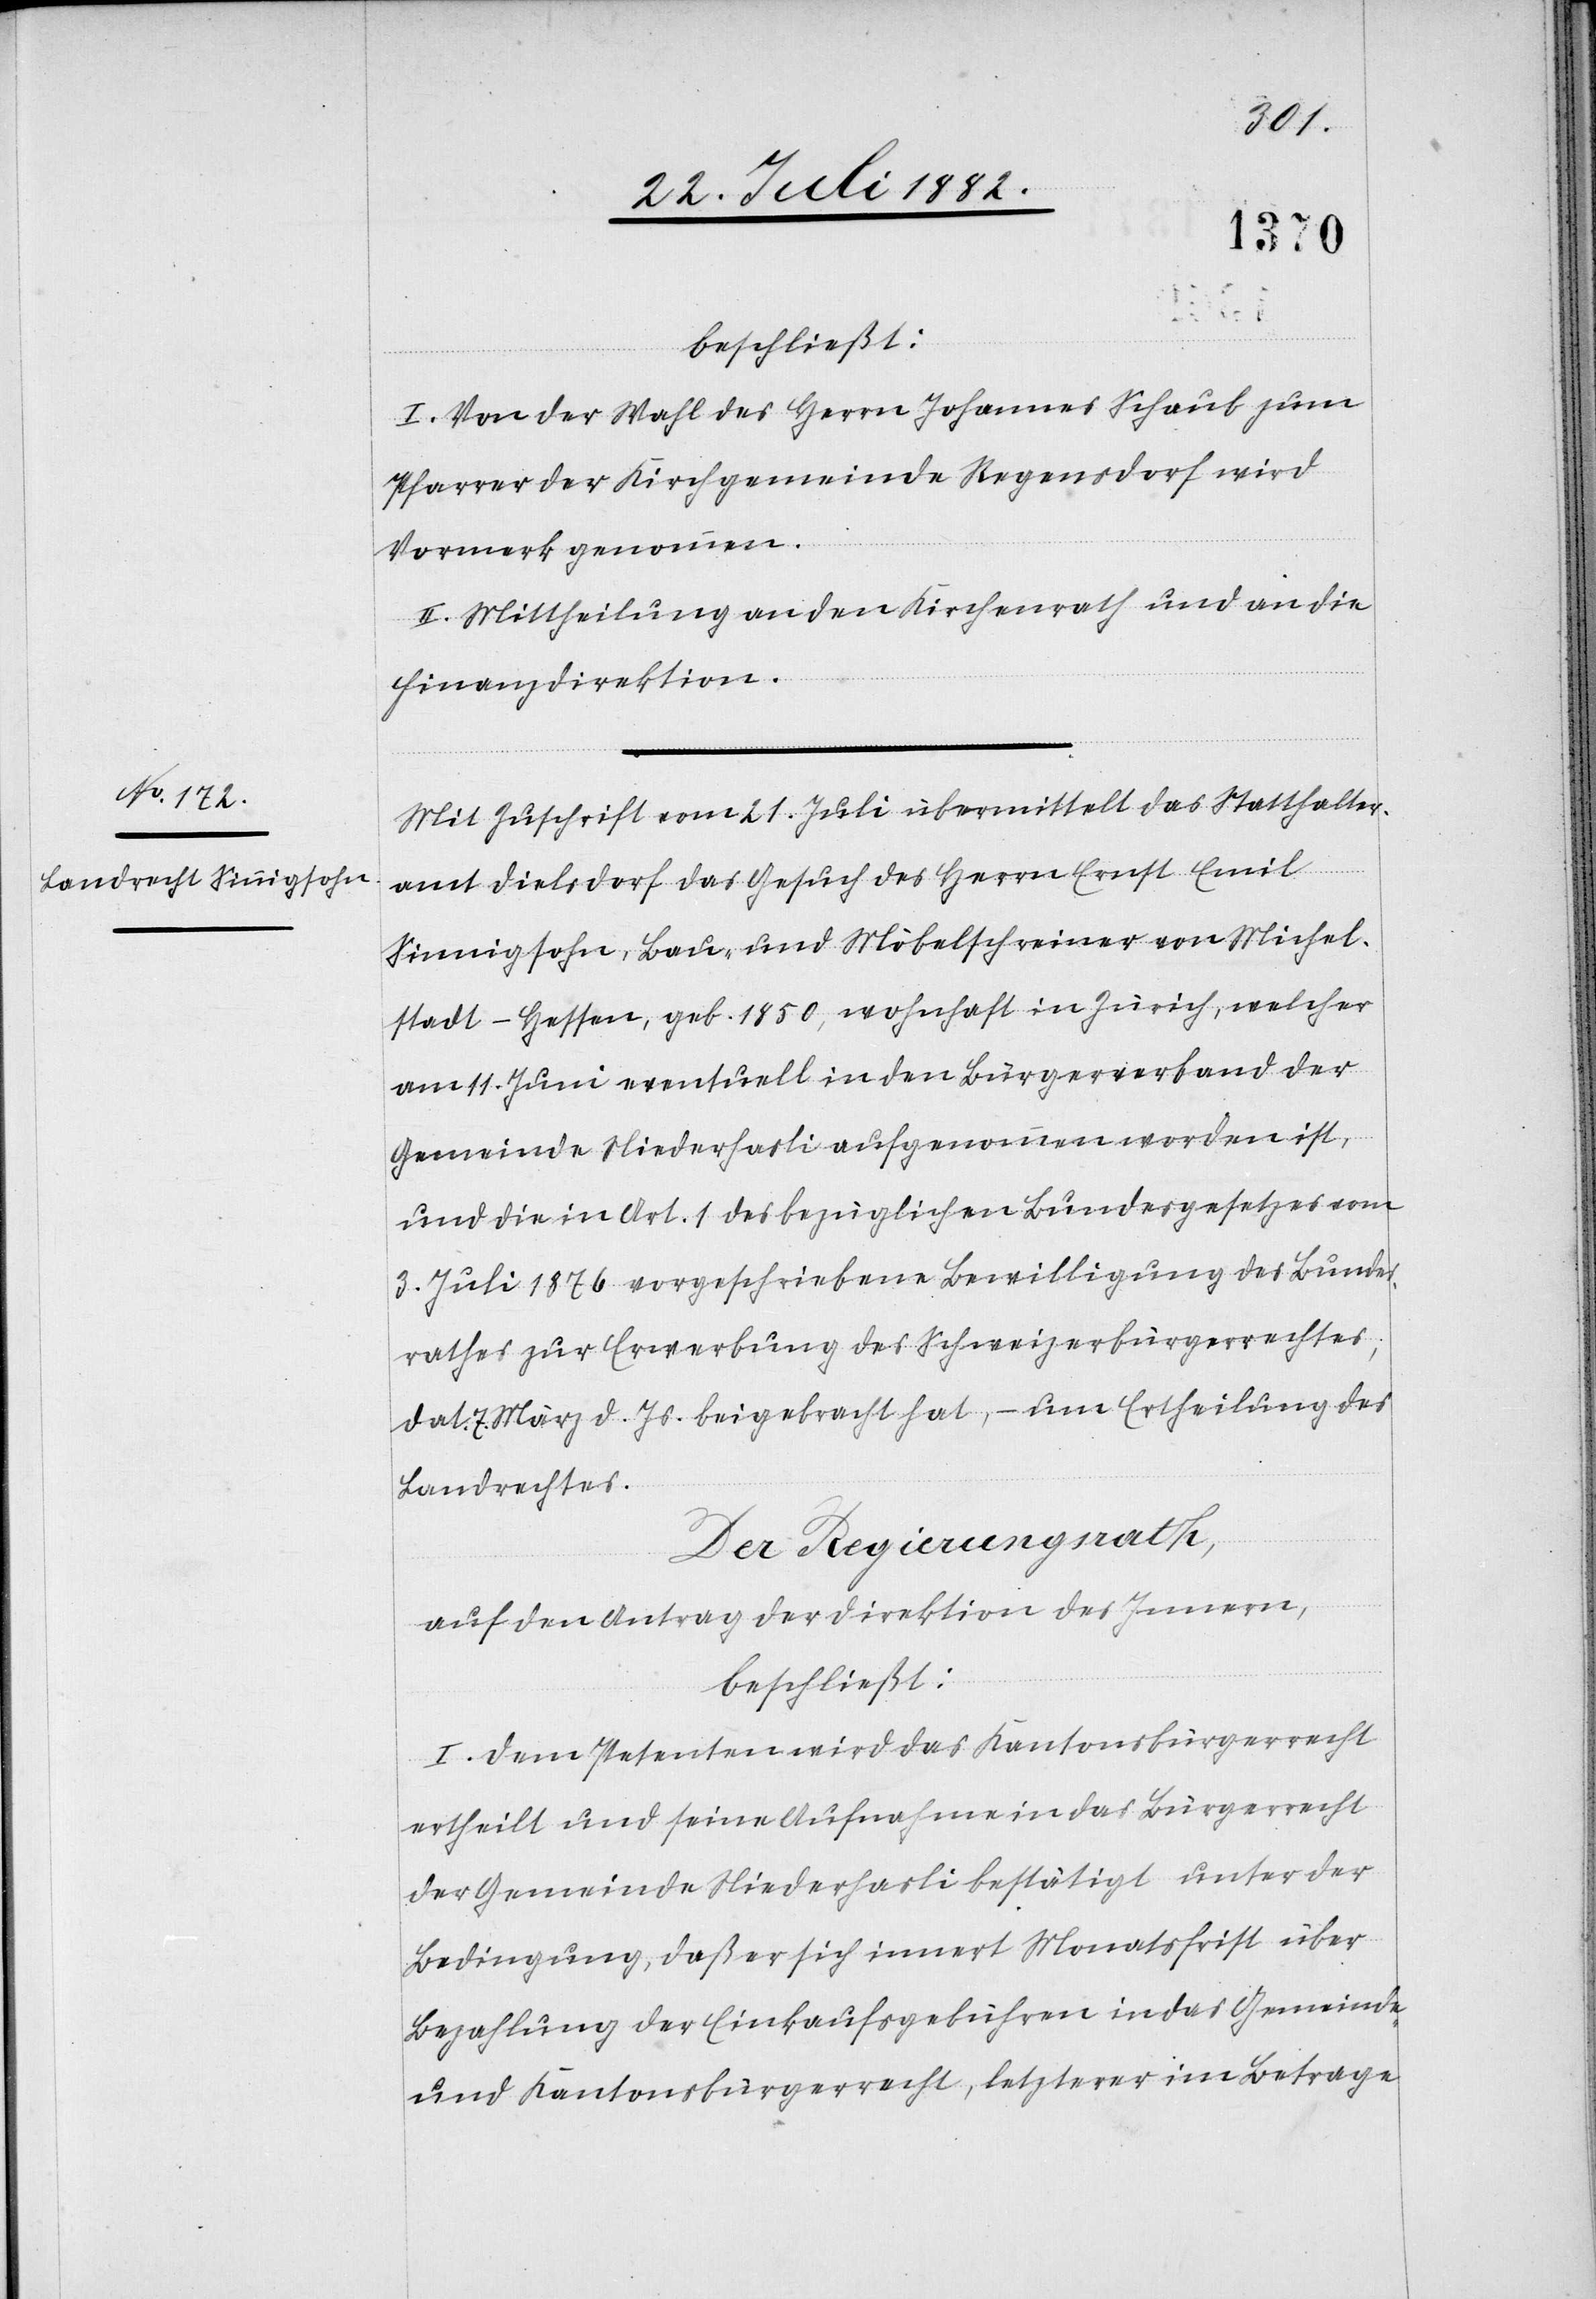
beschließt:
I. Von der Wahl des Herrn Johannes Schaub zum
Pfarrer der Kirchgemeinde Regensdorf wird
Vormerk genommen.
II. Mittheilung an den Kirchenrath und an die
Finanzdirektion.
Mit Zuschrift vom 21. Juli übermittelt das Statthalter¬
amt Dielsdorf das Gesuch des Herrn Ernst Emil
Sinnigsohn, Bau- und Möbelschreiner von Michel¬
stadt - Hessen, geb. 1850, wohnhaft in Zürich, welcher
am 11. Juni eventuell in den Bürgerverband der
Gemeinde Niederhasli aufgenommen worden ist,
und die in Art. 1 des bezüglichen Bundesgesetzes vom
3. Juli 1876 vorgeschriebene Bewilligung des Bundes¬
rathes zur Erwerbung des Schweizerbürgerrechtes,
dat. 7. März d. Js. beigebracht hat, – um Ertheilung des
Landrechtes.
Der Regierungsrath,
auf den Antrag der Direktion des Innern,
beschließt:
I. Dem Petenten wird das Kantonsbürgerrecht
ertheilt und seine Aufnahme in das Bürgerrecht
der Gemeinde Niederhasli bestätigt unter der
Bedingung, daß er sich innert Monatsfrist über
Bezahlung der Einkaufsgebühren in das Gemeinde-
und Kantonsbürgerrecht, letzterer im Betrage